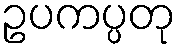
ဥပကပ္ပတု